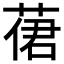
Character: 𦴨